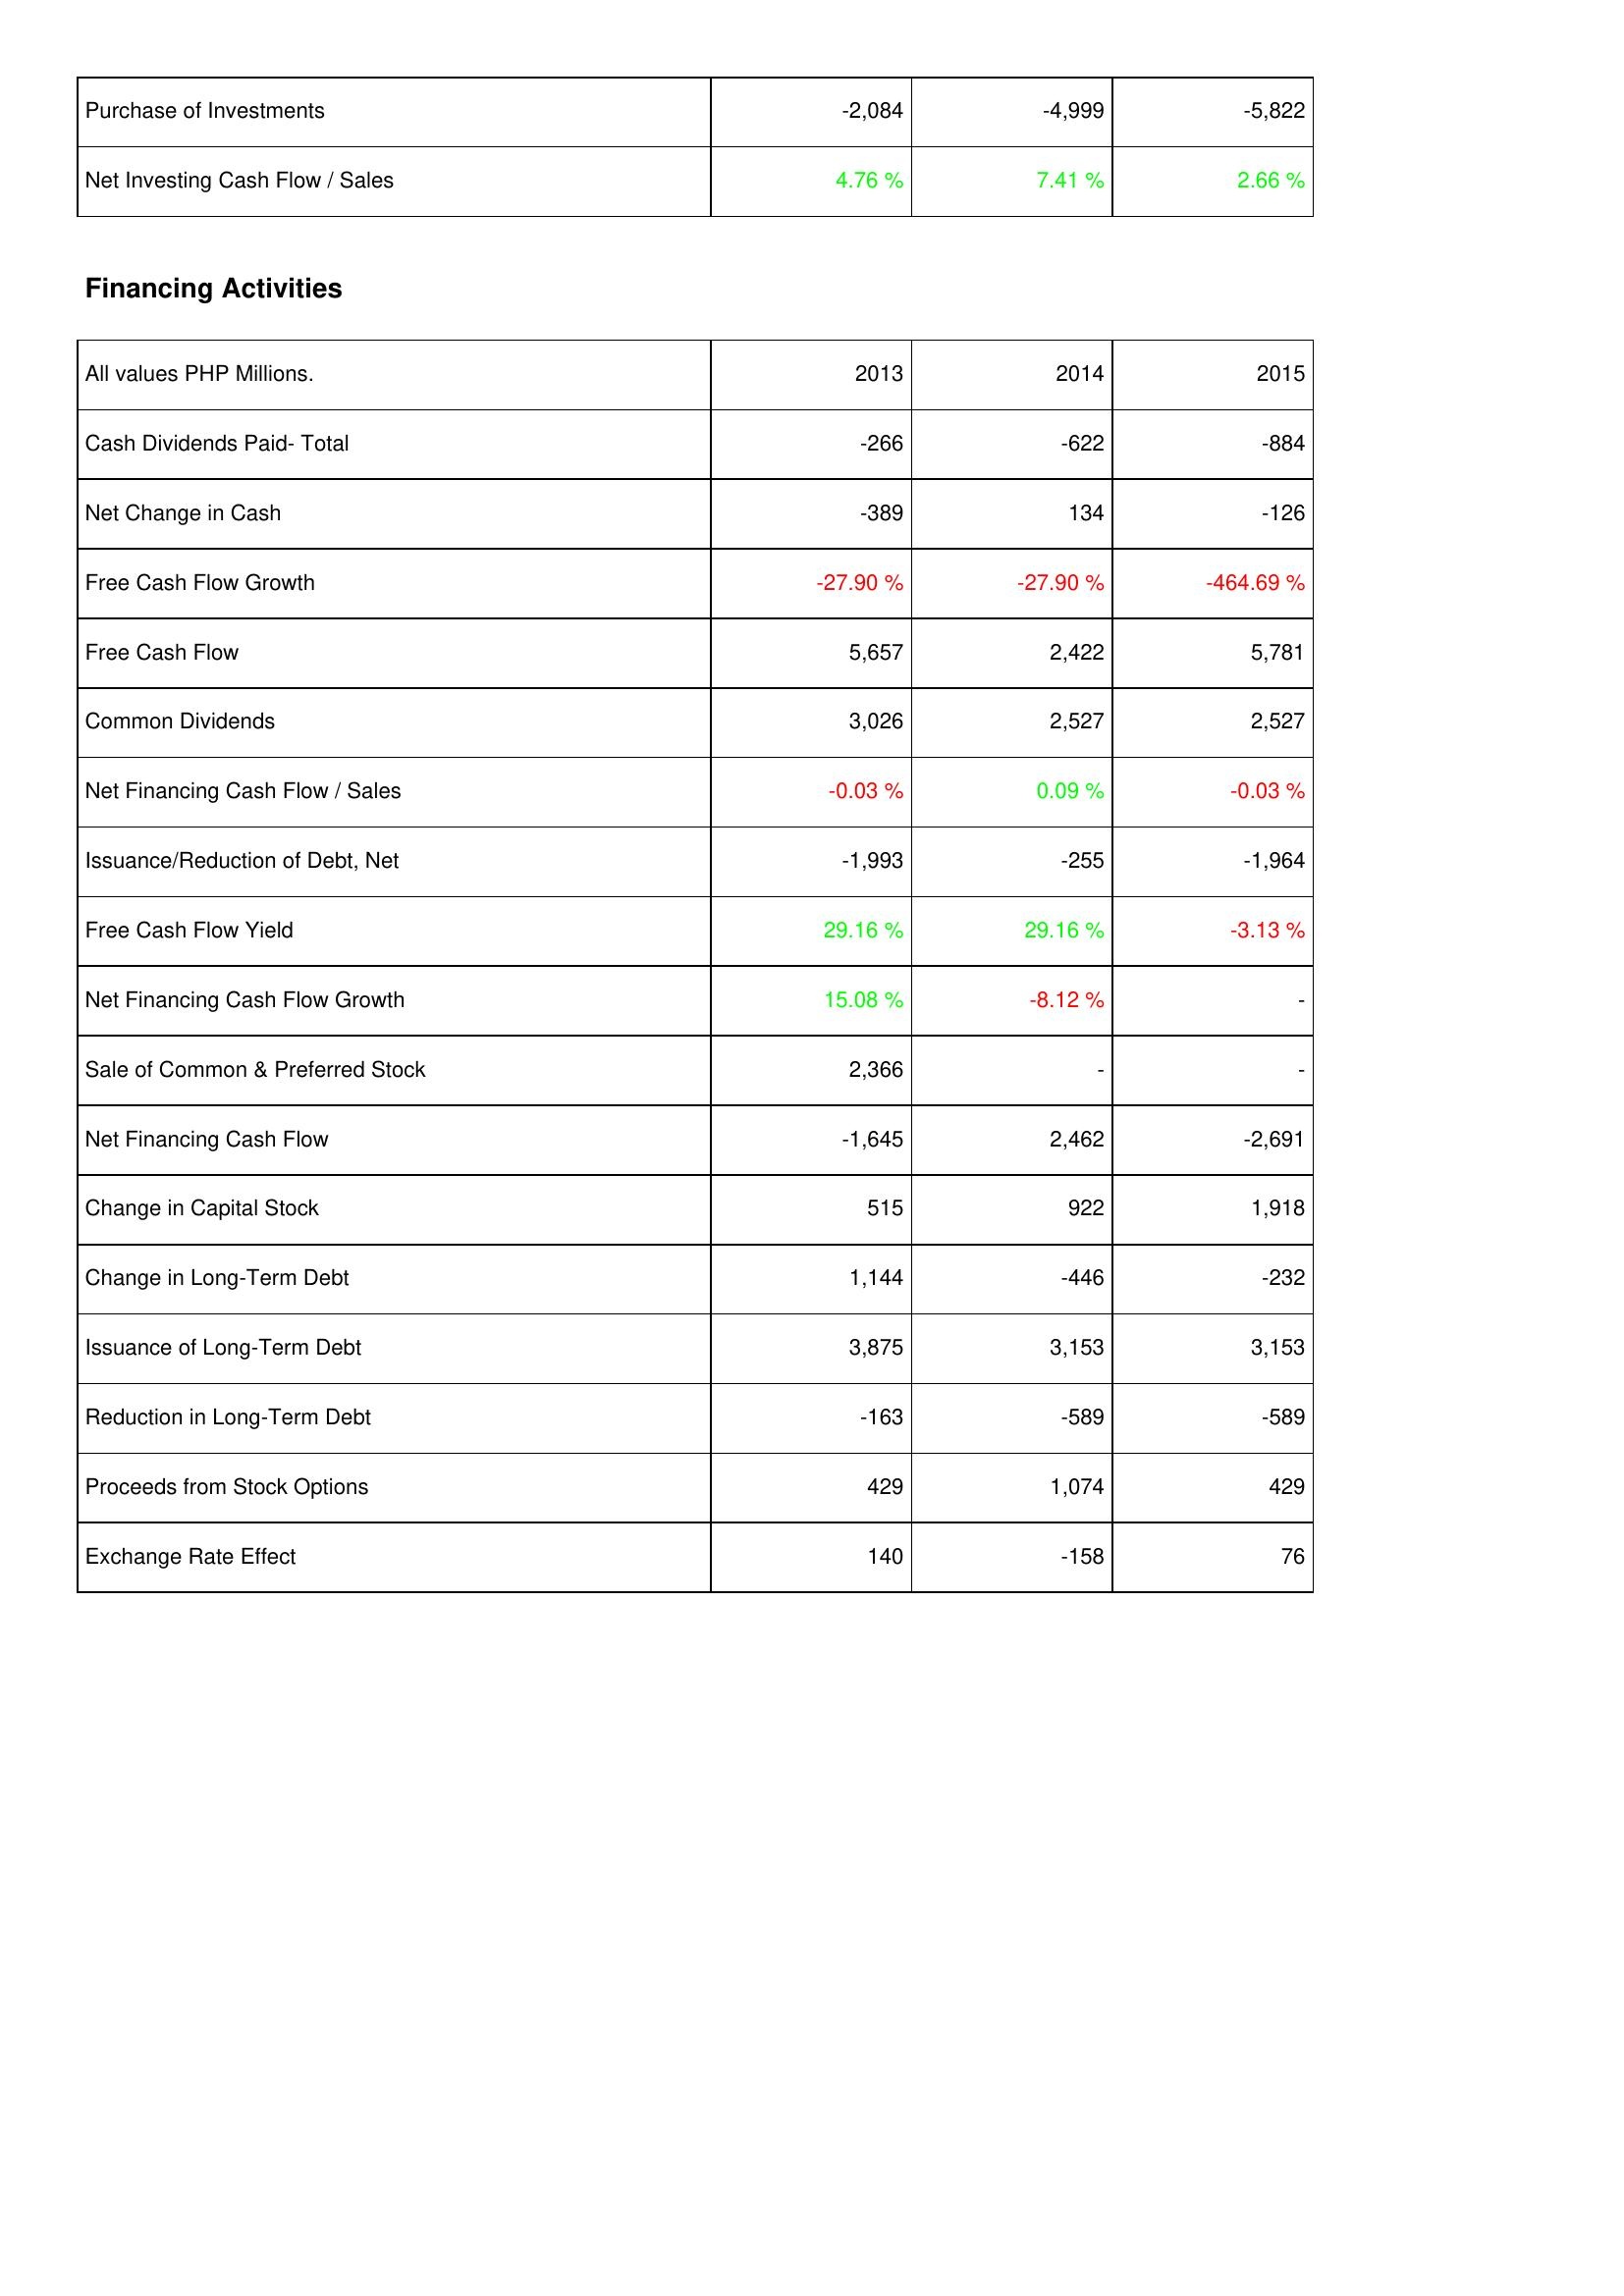
2013: Investing Activities: Purchase of Investments: -2,084
Net Investing Cash Flow / Sales: 4.76 %
Financing Activities: Cash Dividends Paid- Total: -266
Net Change in Cash: -389
Free Cash Flow Growth: -27.90 %
Free Cash Flow: 5,657
Common Dividends: 3,026
Net Financing Cash Flow / Sales: -0.03 %
Issuance/Reduction of Debt, Net: -1,993
Free Cash Flow Yield: 29.16 %
Net Financing Cash Flow Growth: 15.08 %
Sale of Common & Preferred Stock: 2,366
Net Financing Cash Flow: -1,645
Change in Capital Stock: 515
Change in Long-Term Debt: 1,144
Issuance of Long-Term Debt: 3,875
Reduction in Long-Term Debt: -163
Proceeds from Stock Options: 429
Exchange Rate Effect: 140
2014: Investing Activities: Purchase of Investments: -4,999
Net Investing Cash Flow / Sales: 7.41 %
Financing Activities: Cash Dividends Paid- Total: -622
Net Change in Cash: 134
Free Cash Flow Growth: -27.90 %
Free Cash Flow: 2,422
Common Dividends: 2,527
Net Financing Cash Flow / Sales: 0.09 %
Issuance/Reduction of Debt, Net: -255
Free Cash Flow Yield: 29.16 %
Net Financing Cash Flow Growth: -8.12 %
Sale of Common & Preferred Stock: -
Net Financing Cash Flow: 2,462
Change in Capital Stock: 922
Change in Long-Term Debt: -446
Issuance of Long-Term Debt: 3,153
Reduction in Long-Term Debt: -589
Proceeds from Stock Options: 1,074
Exchange Rate Effect: -158
2015: Investing Activities: Purchase of Investments: -5,822
Net Investing Cash Flow / Sales: 2.66 %
Financing Activities: Cash Dividends Paid- Total: -884
Net Change in Cash: -126
Free Cash Flow Growth: -464.69 %
Free Cash Flow: 5,781
Common Dividends: 2,527
Net Financing Cash Flow / Sales: -0.03 %
Issuance/Reduction of Debt, Net: -1,964
Free Cash Flow Yield: -3.13 %
Net Financing Cash Flow Growth: -
Sale of Common & Preferred Stock: -
Net Financing Cash Flow: -2,691
Change in Capital Stock: 1,918
Change in Long-Term Debt: -232
Issuance of Long-Term Debt: 3,153
Reduction in Long-Term Debt: -589
Proceeds from Stock Options: 429
Exchange Rate Effect: 76